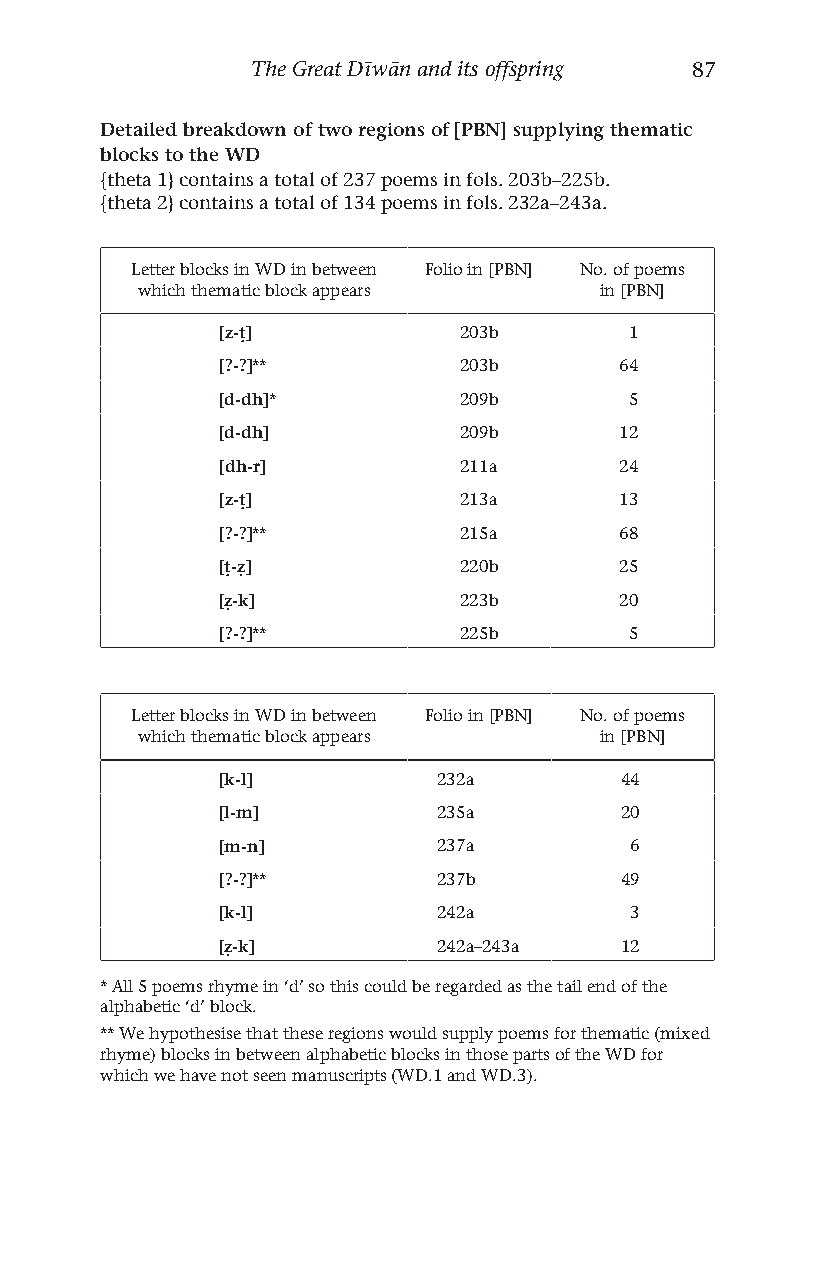
The Great Dīwān and its offspring 87
 Detailed breakdown of two regions of [PBN] supplying thematic
 blocks to the WD
 {theta 1} contains a total of 237 poems in fols. 203b–225b.
 {theta 2} contains a total of 134 poems in fols. 232a–243a.
 Letter blocks in WD in between Folio in [PBN] No. of poems
 which thematic block appears   in [PBN]
 [z-ṭ]           203b        1
 [?-?]**         203b       64
 [d-dh]*         209b        5
 [d-dh]          209b       12
 [dh-r]          211a       24
 [z-ṭ]           213a       13
 [?-?]**         215a       68
 [ṭ-ẓ]           220b       25
 [ẓ-k]           223b       20
 [?-?]**         225b        5
 Letter blocks in WD in between Folio in [PBN] No. of poems
 which thematic block appears   in [PBN]
 [k-l]          232a        44
 [l-m]          235a        20
 [m-n]          237a         6
 [?-?]**        237b        49
 [k-l]          242a         3
 [ẓ-k]          242a–243a   12
 * All 5 poems rhyme in ‘d’ so this could be regarded as the tail end of the
 alphabetic ‘d’ block.
 ** We hypothesise that these regions would supply poems for thematic (mixed
 rhyme) blocks in between alphabetic blocks in those parts of the WD for
 which we have not seen manuscripts (WD.1 and WD.3).